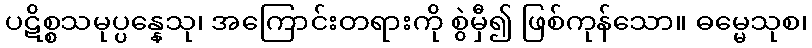
ပဋိစ္စသမုပ္ပန္နေသု၊ အကြောင်းတရားကို စွဲမှီ၍ ဖြစ်ကုန်သော။ ဓမ္မေသုစ၊